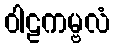
ဝါဠကမ္ဗလံ